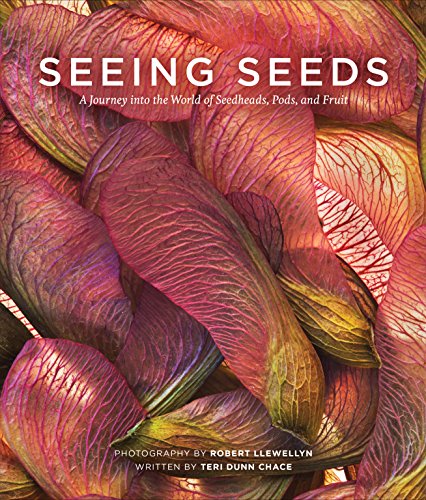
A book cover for Seeing Seeds: A Journey into the World of Seedheads, Pods, and Fruit; Teri Dunn Chace; Crafts, Hobbies & Home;